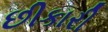
છીકારી